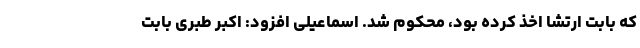
که بابت ارتشا اخذ کرده بود، محکوم شد. اسماعیلی افزود: اکبر طبری بابت